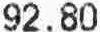
92.80